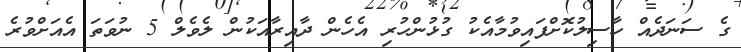
ގެ ސަނަދެއް ހާސިލުކޮށްފައިވުމާއެކު ގުޅުންހުރި އެހެން ދާއިރާއަކުން ލެވެލް 5 ނުވަތަ އެއަށްވުރެ